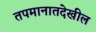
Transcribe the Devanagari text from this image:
तपमानातदेखील